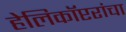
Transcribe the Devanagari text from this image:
हेलिकॉप्टरांचा